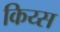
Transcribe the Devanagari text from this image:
किय्स